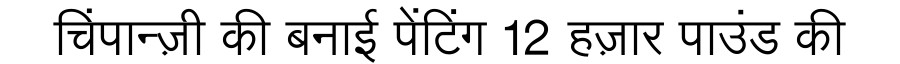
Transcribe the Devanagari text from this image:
चिंपान्ज़ी की बनाई पेंटिंग 12 हज़ार पाउंड की